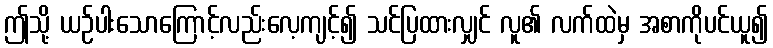
ဤသို့ ယဉ်ပါးသောကြောင့်လည်းလေ့ကျင့်၍ သင်ပြထားလျှင် လူ၏ လက်ထဲမှ အစာကိုပင်ယူ၍